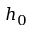
h _ { 0 }